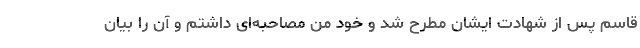
قاسم پس از شهادت ایشان مطرح شد و خود من مصاحبه‌ای داشتم و آن را بیان